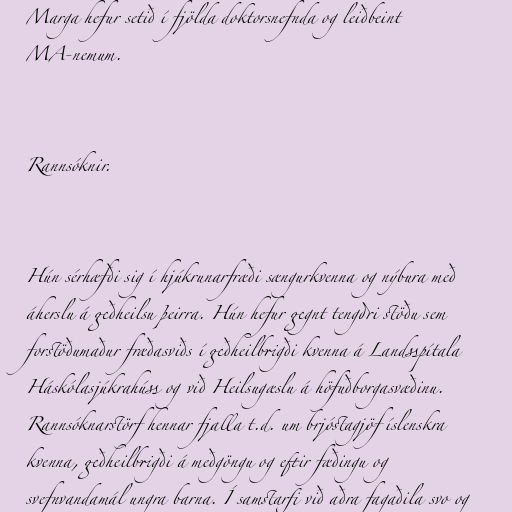
Marga hefur setið í fjölda doktorsnefnda og leiðbeint
MA-nemum.

Rannsóknir.

Hún sérhæfði sig í hjúkrunarfræði sængurkvenna og nýbura með
áherslu á geðheilsu þeirra. Hún hefur gegnt tengdri stöðu sem
forstöðumaður fræðasviðs í geðheilbrigði kvenna á Landsspítala
Háskólasjúkrahúss og við Heilsugæslu á höfuðborgasvæðinu.
Rannsóknarstörf hennar fjalla t.d. um brjóstagjöf íslenskra
kvenna, geðheilbrigði á meðgöngu og eftir fæðingu og
svefnvandamál ungra barna. Í samstarfi við aðra fagaðila svo og